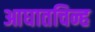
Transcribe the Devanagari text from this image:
आघातचिन्ह